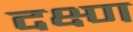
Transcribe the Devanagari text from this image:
दक्ष्ण